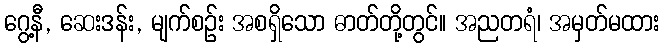
ဂွေ့နီ, ဆေးဒန်း, မျက်စဉ်း အစရှိသော ဓာတ်တို့တွင်။ အညတရံ၊ အမှတ်မထား